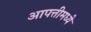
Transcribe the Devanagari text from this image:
आपत्तीमध्ये